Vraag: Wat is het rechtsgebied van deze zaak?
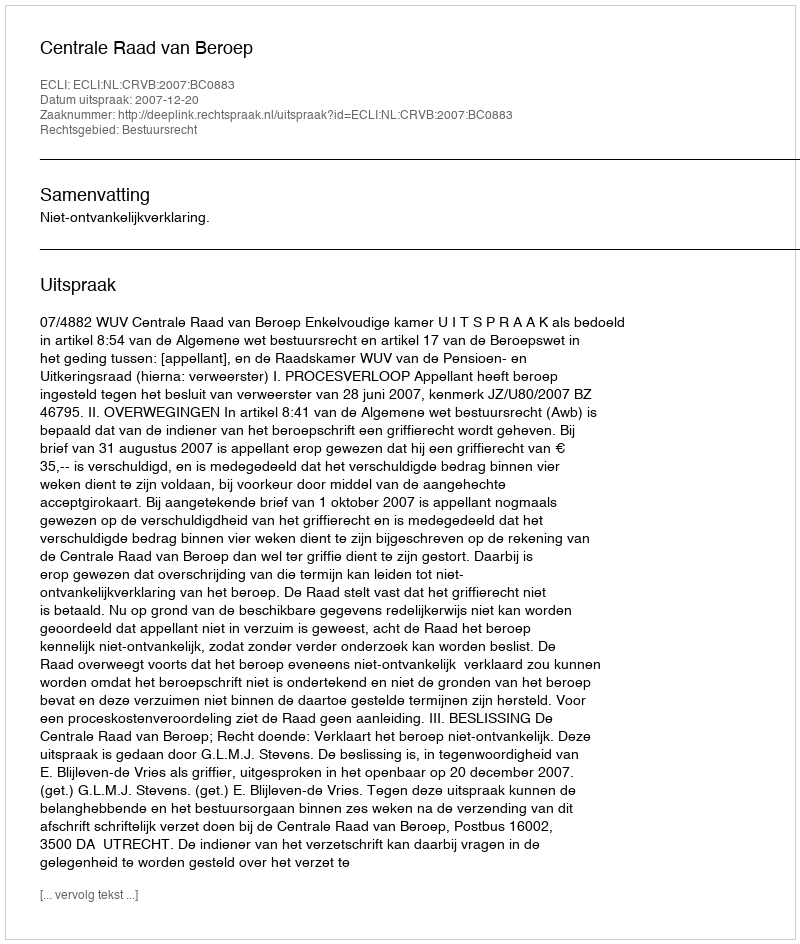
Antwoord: Bestuursrecht